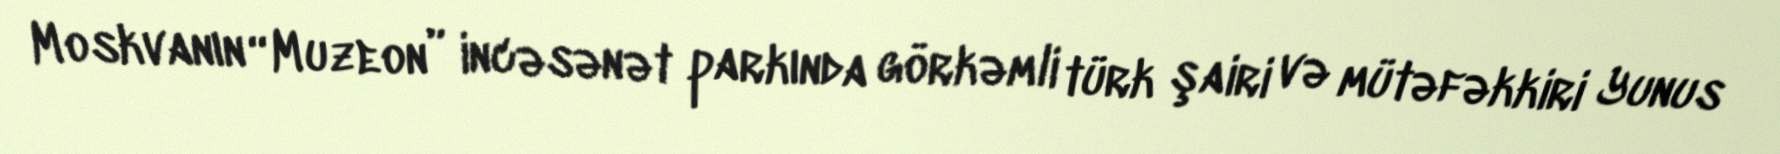
Moskvanın “Muzeon” incəsənət parkında görkəmli türk şairi və mütəfəkkiri Yunus